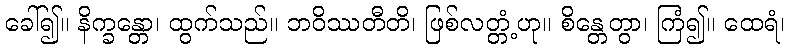
ခေါ်၍။ နိက္ခန္တော၊ ထွက်သည်။ ဘဝိဿတီတိ၊ ဖြစ်လတ္တံ့ဟု။ စိန္တေတွာ၊ ကြံ၍။ ထေရံ၊